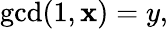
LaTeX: \operatorname*{gcd}(1,\mathbf{x})=y,